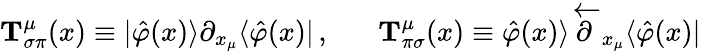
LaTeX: {\mathbf T}_{\sigma\pi}^{\mu}(x)\equiv|\hat{\varphi}(x)\rangle\partial_{x_{\mu}}\langle\hat{\varphi}(x)|\, ,\; \; \; \; \; \; {\mathbf T}_{\pi\sigma}^{\mu}(x)\equiv\hat{\varphi}(x)\rangle\stackrel{\leftarrow}{\partial}_{x_{\mu}}\langle\hat{\varphi}(x)|